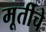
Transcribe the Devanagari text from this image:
मूर्तीचेे